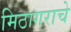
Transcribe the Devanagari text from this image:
मिठागराचे